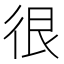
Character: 很